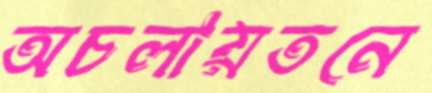
অচলায়তনে